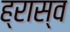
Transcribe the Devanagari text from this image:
ह्रास्व